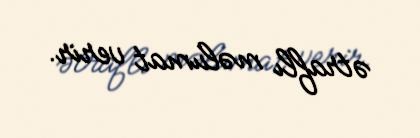
ətraflı məlumat verir.